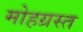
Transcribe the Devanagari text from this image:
मोहग्रस्त